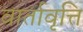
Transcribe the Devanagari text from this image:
वार्तावृत्ति